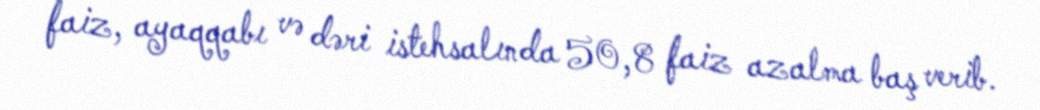
faiz, ayaqqabı və dəri istehsalında 50,8 faiz azalma baş verib.